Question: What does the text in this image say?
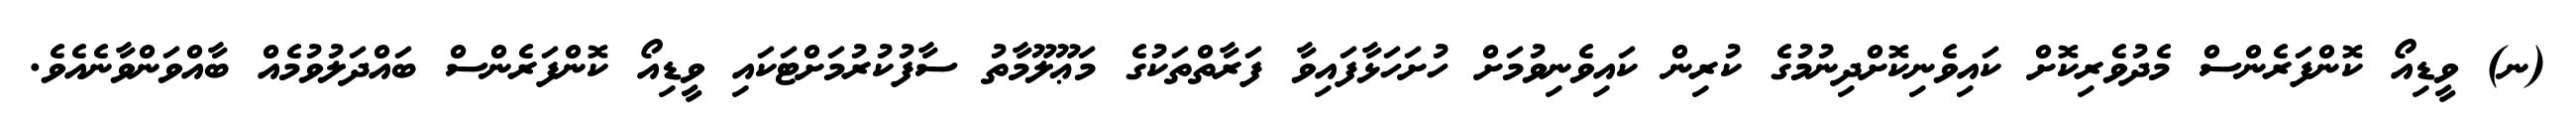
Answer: (ނ) ވީޑިއޯ ކޮންފަރެންސް މެދުވެރިކޮށް ކައިވެނިކޮށްދިނުމުގެ ކުރިން ކައިވެނިވުމަށް ހުށަހަޅާފައިވާ ފަރާތްތަކުގެ މަޢޫލޫމާތު ސާފުކުރުމަށްޓަކައި ވީޑިއޯ ކޮންފަރެންސް ބައްދަލުވުމެއް ބާއްވަންވާނެއެވެ.